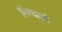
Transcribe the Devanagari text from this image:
नित्यत्वे